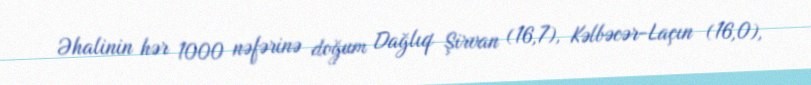
Əhalinin hər 1000 nəfərinə doğum Dağlıq Şirvan (16,7), Kəlbəcər-Laçın (16,0),